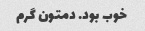
خوب بود. دمتون گرم